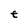
Character: t